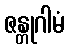
ဇန္တုဂါမံ